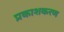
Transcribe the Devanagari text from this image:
प्रकाशकरण